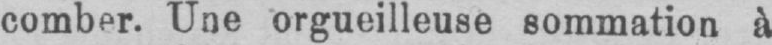
comber. Une orgueilleuse sommation à